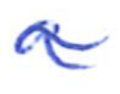
Text: a
Cross-out: mix
Writing tool: ballpoint